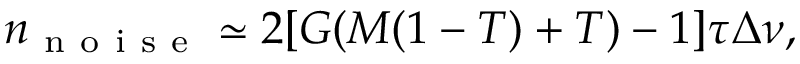
n _ { \mathrm { ~ n ~ o ~ i ~ s ~ e ~ } } \simeq 2 [ G ( M ( 1 - T ) + T ) - 1 ] \tau \Delta \nu ,